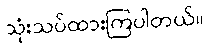
သုံးသပ်ထားကြပါတယ်။